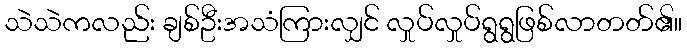
သဲသဲကလည်း ချစ်ဦးအသံကြားလျှင် လှုပ်လှုပ်ရွရွဖြစ်လာတတ်၏။